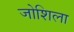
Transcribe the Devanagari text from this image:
जोशिला